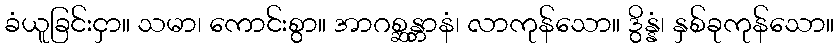
ခံယူခြင်းငှာ။ သမာ၊ ကောင်းစွာ။ အာဂစ္ဆန္တာနံ၊ လာကုန်သော။ ဒွိန္နံ၊ နှစ်ခုကုန်သော။